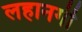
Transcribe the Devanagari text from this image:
लहानगी